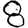
Digit: 8